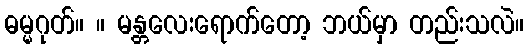
ဓမ္မဂုတ်။ ။ မန္တလေးရောက်တော့ ဘယ်မှာ တည်းသလဲ။